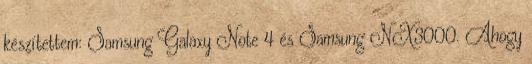
készítettem: Samsung Galaxy Note 4 és Samsung NX3000. Ahogy